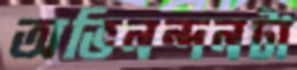
অভিনন্দনটা